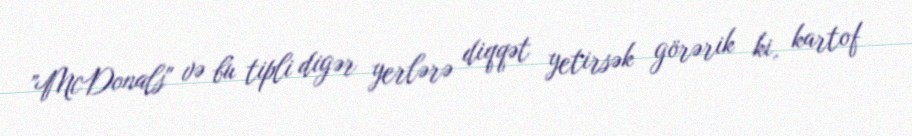
”McDonals" və bu tipli digər yerlərə diqqət yetirsək görərik ki, kartof